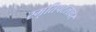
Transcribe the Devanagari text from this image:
स्मृतिपटलावर